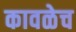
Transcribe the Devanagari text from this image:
कावळेच